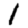
Digit: 1